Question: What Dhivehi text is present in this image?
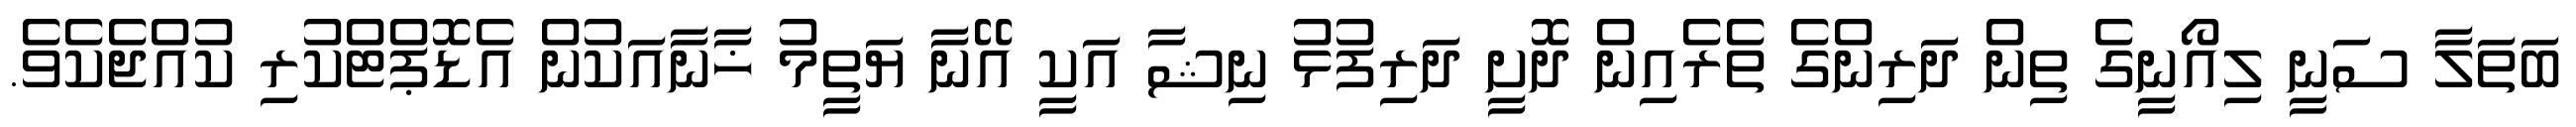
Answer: ބަތަލާ ސަނީ ލިއޯނީގެ ތިން ދަރިންގެ ތެރެއިން ދޮށީ ދަރިފުޅު ނިޝާ އަކީ އޭނާ ޔަތީމު ޚާނާއަކުން އެޑޮޕްޓްކުރި ކުއްޖެކެވެ.